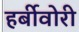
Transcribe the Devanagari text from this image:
हर्बीवोरी